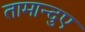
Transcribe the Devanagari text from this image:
तामान्दुए